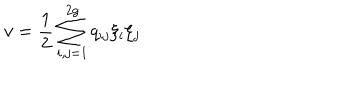
LaTeX: v = \frac { 1 } { 2 } \sum _ { i , j = 1 } ^ { 2 g } q _ { i j } \xi _ { i } \xi _ { j }